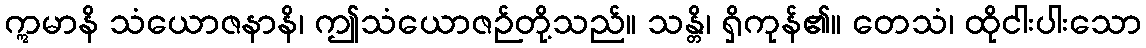
ဣမာနိ သံယောဇနာနိ၊ ဤသံယောဇဉ်တို့သည်။ သန္တိ၊ ရှိကုန်၏။ တေသံ၊ ထိုငါးပါးသော